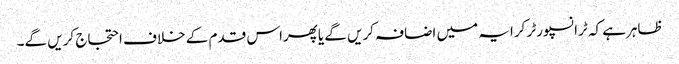
ظاہرہے کہ ٹرانسپورٹر کرایہ میں اضافہ کریں گے یاپھراس قدم کے خلاف احتجاج کریں گے۔